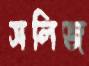
সলিজ